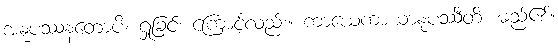
အနုပဿနတောပိ၊ ရှုခြင်း ကြောင့်လည်း။ ကာယေကာယာနုပဿီတိ၊ မည်၏။